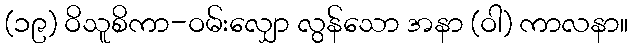
(၁၉) ဝိသူစိကာ-ဝမ်းလျှော လွန်သော အနာ (ဝါ) ကာလနာ။